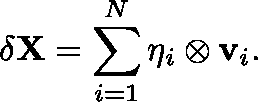
\delta { \mathbf { X } } = \sum _ { i = 1 } ^ { N } { \mathbf { \eta } } _ { i } \otimes { \mathbf { v } } _ { i } .